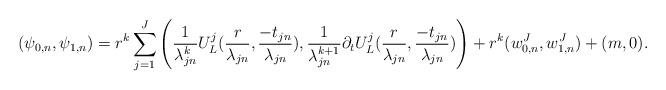
LaTeX: \begin{align*}(\psi_{0,n},\psi_{1,n})=r^k\sum_{j=1}^J\left(\frac{1}{\lambda^k_{jn}}U^j_L(\frac{r}{\lambda_{jn}},\frac{-t_{jn}}{\lambda_{jn}}),\frac{1}{\lambda_{jn}^{k+1}}\partial_tU^j_L(\frac{r}{\lambda_{jn}},\frac{-t_{jn}}{\lambda_{jn}})\right)+r^k(w^J_{0,n},w^J_{1,n})+(m,0).\end{align*}